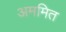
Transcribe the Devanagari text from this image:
अममित